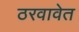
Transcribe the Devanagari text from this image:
ठरवावेत